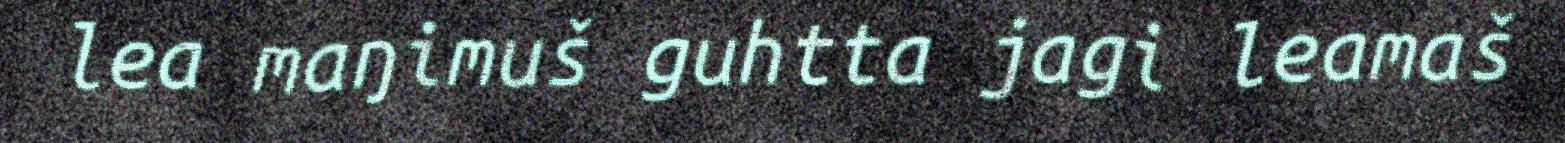
lea maŋimuš guhtta jagi leamaš